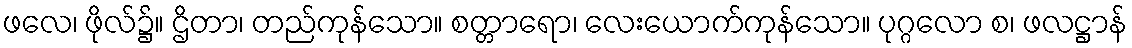
ဖလေ၊ ဖိုလ်၌။ ဌိတာ၊ တည်ကုန်သော။ စတ္တာရော၊ လေးယောက်ကုန်သော။ ပုဂ္ဂလော စ၊ ဖလဋ္ဌာန်